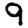
Digit: 9